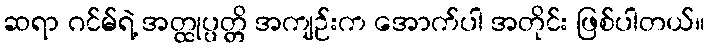
ဆရာ ဂင်မ်ရဲ့ အတ္ထုပ္ပတ္တိ အကျဉ်းက အောက်ပါ အတိုင်း ဖြစ်ပါတယ်။